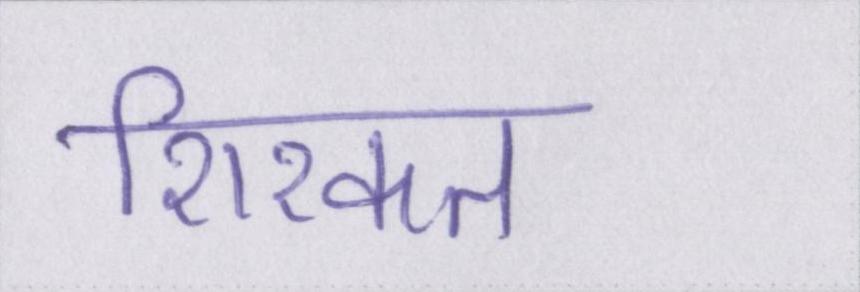
शिरकत